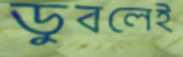
ডুবলেই